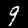
Digit: 9